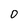
Character: 0